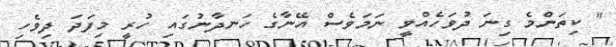
" ކިތަންމެ ގިނަ ދުވަހެއްވީ ނަމަވެސް އޭނާގެ ހަނދާނުގައި ހުރީ މިފަދަ ދިވެހި